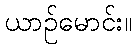
ယာဉ်မောင်း။